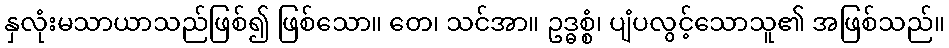
နှလုံးမသာယာသည်ဖြစ်၍ ဖြစ်သော။ တေ၊ သင်အာ။ ဥဒ္ဓစ္စံ၊ ပျံပလွင့်သောသူ၏ အဖြစ်သည်။